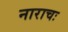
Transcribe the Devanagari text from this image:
नाराचः